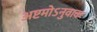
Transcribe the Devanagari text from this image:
अष्टमोऽनुवाकः